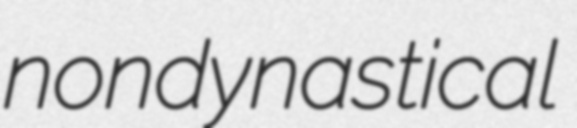
nondynastical